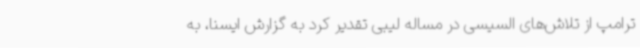
ترامپ از تلاش‌های السیسی در مساله لیبی تقدیر کرد به گزارش ایسنا، به